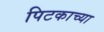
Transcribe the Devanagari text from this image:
पिटकाच्या